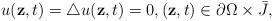
LaTeX: \begin{align*}u(\textbf{z},t)=\bigtriangleup u(\textbf{z},t)=0, (\textbf{z},t)\in\partial\Omega\times \bar{J},\end{align*}